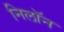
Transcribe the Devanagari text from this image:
निलॉन